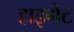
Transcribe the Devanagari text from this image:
हाइगेट